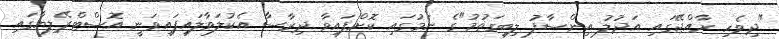
"ދިވެހި ރާއްޖޭގައި އަދުލު އިންސާފު ލިބިގަތުމު"ގެ ނަމުގައި ކޮށްފައިވާ ދިރާސާ އެކުލަވާލައިފައިވަނީ އޮސްޓްރޭލިޔާގައި